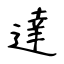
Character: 達